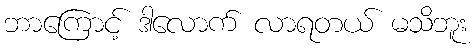
ဘာကြောင့် ဒါလောက် လာရတယ် မသိဘူး